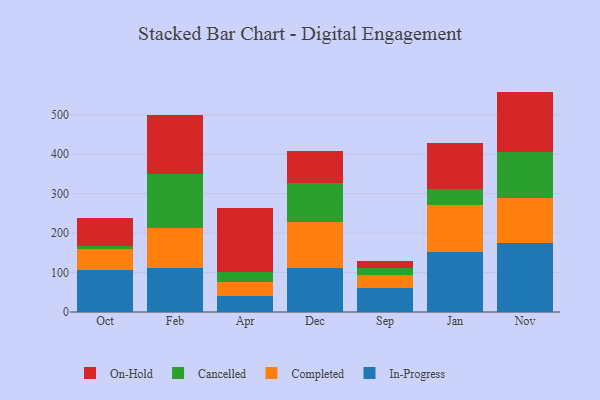
{"axis": {"x": "Month", "y": "Bounce Rate (%)"}, "legend": ["Cancelled", "Completed", "In-Progress", "On-Hold"], "data": [{"x": "Oct", "y": 107.6, "type": "In-Progress"}, {"x": "Oct", "y": 52.6, "type": "Completed"}, {"x": "Oct", "y": 7.2, "type": "Cancelled"}, {"x": "Oct", "y": 71.2, "type": "On-Hold"}, {"x": "Feb", "y": 112.5, "type": "In-Progress"}, {"x": "Feb", "y": 100.0, "type": "Completed"}, {"x": "Feb", "y": 137.7, "type": "Cancelled"}, {"x": "Feb", "y": 149.1, "type": "On-Hold"}, {"x": "Apr", "y": 41.8, "type": "In-Progress"}, {"x": "Apr", "y": 33.6, "type": "Completed"}, {"x": "Apr", "y": 25.0, "type": "Cancelled"}, {"x": "Apr", "y": 164.4, "type": "On-Hold"}, {"x": "Dec", "y": 112.1, "type": "In-Progress"}, {"x": "Dec", "y": 117.2, "type": "Completed"}, {"x": "Dec", "y": 97.7, "type": "Cancelled"}, {"x": "Dec", "y": 82.1, "type": "On-Hold"}, {"x": "Sep", "y": 61.5, "type": "In-Progress"}, {"x": "Sep", "y": 32.7, "type": "Completed"}, {"x": "Sep", "y": 16.3, "type": "Cancelled"}, {"x": "Sep", "y": 18.6, "type": "On-Hold"}, {"x": "Jan", "y": 152.3, "type": "In-Progress"}, {"x": "Jan", "y": 118.4, "type": "Completed"}, {"x": "Jan", "y": 40.9, "type": "Cancelled"}, {"x": "Jan", "y": 117.1, "type": "On-Hold"}, {"x": "Nov", "y": 176.1, "type": "In-Progress"}, {"x": "Nov", "y": 114.0, "type": "Completed"}, {"x": "Nov", "y": 116.5, "type": "Cancelled"}, {"x": "Nov", "y": 152.0, "type": "On-Hold"}]}